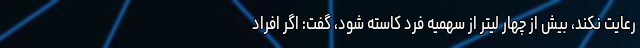
رعایت نکند، بیش از چهار لیتر از سهمیه فرد کاسته شود، گفت: اگر افراد